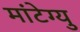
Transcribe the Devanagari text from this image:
मांटेग्यु